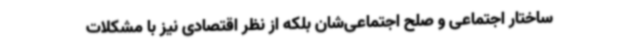
ساختار اجتماعی و صلح اجتماعی‌شان بلکه از نظر اقتصادی نیز با مشکلات